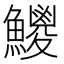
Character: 𩼕